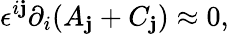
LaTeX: \epsilon^{i\mathbf{j}}\partial_{i}(A_{\mathbf{j}}+C_{\mathbf{j}})\approx0,